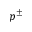
p ^ { \pm }